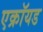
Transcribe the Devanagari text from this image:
एक्रॉयड